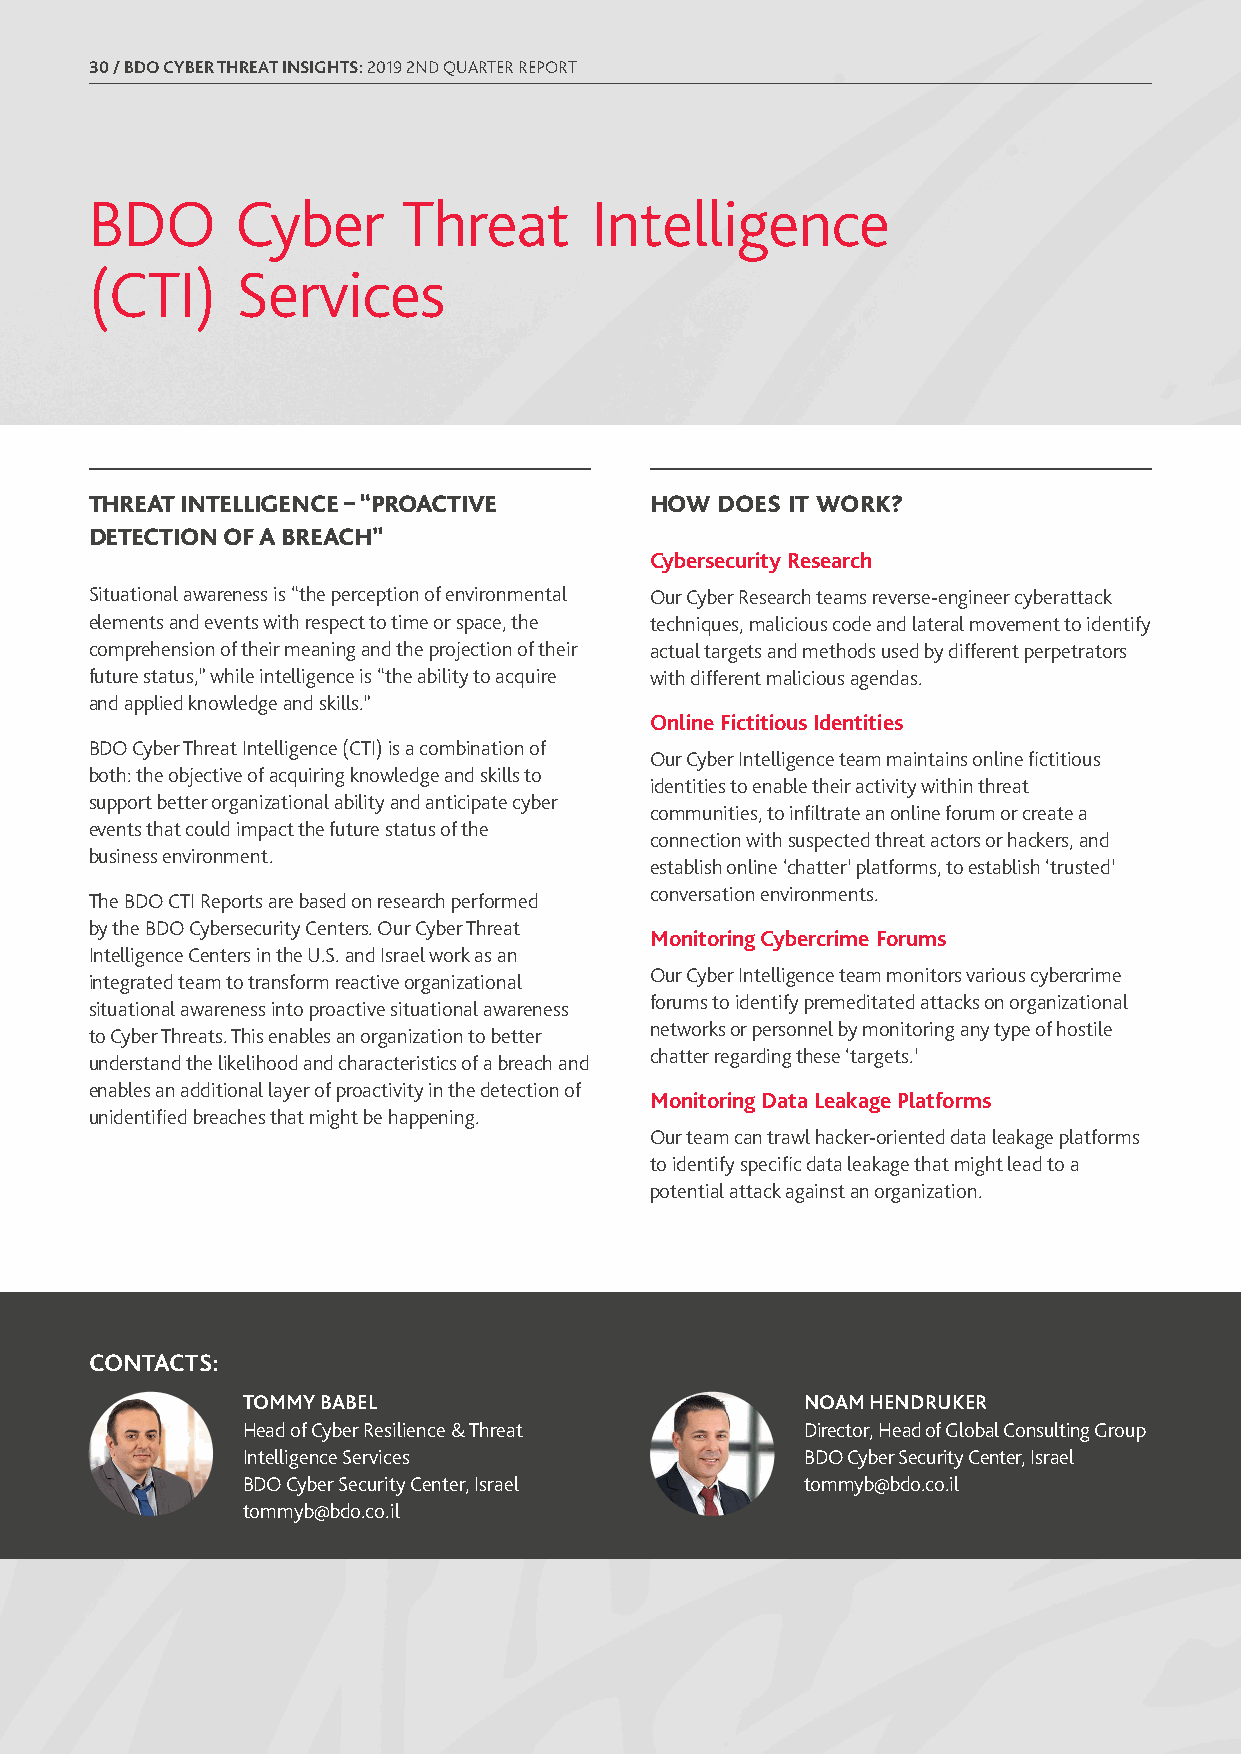
30 / BDO CYBER THREAT INSIGHTS: 2019 2ND QUARTER REPORT
 BDO       Cyber      Threat      Intelligence
 (CTI)     Services
 THREAT INTELLIGENCE – “PROACTIVE     HOW  DOES IT WORK?
 DETECTION OF A BREACH”
 Cybersecurity Research
 Situational awareness is “the perception of environmental Our Cyber Research teams reverse-engineer cyberattack
 elements and events with respect to time or space, the techniques, malicious code and lateral movement to identify
 comprehension of their meaning and the projection of their actual targets and methods used by different perpetrators
 future status,” while intelligence is “the ability to acquire with different malicious agendas.
 and applied knowledge and skills.”
 Online Fictitious Identities
 BDO Cyber Threat Intelligence (CTI) is a combination of
 Our Cyber Intelligence team maintains online fictitious
 both: the objective of acquiring knowledge and skills to
 identities to enable their activity within threat
 support better organizational ability and anticipate cyber
 communities, to infiltrate an online forum or create a
 events that could impact the future status of the
 connection with suspected threat actors or hackers, and
 business environment.
 establish online ‘chatter’ platforms, to establish ‘trusted’
 The BDO CTI Reports are based on research performed conversation environments.
 by the BDO Cybersecurity Centers. Our Cyber Threat
 Monitoring Cybercrime Forums
 Intelligence Centers in the U.S. and Israel work as an
 Our Cyber Intelligence team monitors various cybercrime
 integrated team to transform reactive organizational
 forums to identify premeditated attacks on organizational
 situational awareness into proactive situational awareness
 networks or personnel by monitoring any type of hostile
 to Cyber Threats. This enables an organization to better
 chatter regarding these ‘targets.’
 understand the likelihood and characteristics of a breach and
 enables an additional layer of proactivity in the detection of
 Monitoring Data Leakage Platforms
 unidentified breaches that might be happening.
 Our team can trawl hacker-oriented data leakage platforms
 to identify specific data leakage that might lead to a
 potential attack against an organization.
 CONTACTS:
 TOMMY BABEL                          NOAM HENDRUKER
 Head of Cyber Resilience & Threat    Director, Head of Global Consulting Group
 Intelligence Services                BDO Cyber Security Center, Israel
 BDO Cyber Security Center, Israel    tommyb@bdo.co.il
 tommyb@bdo.co.il